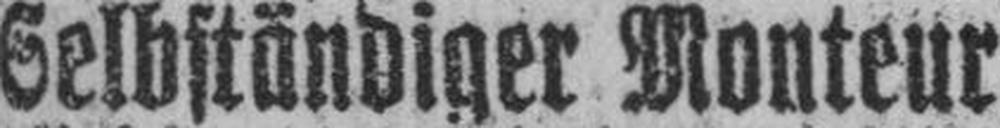
Selbständiger Monteur